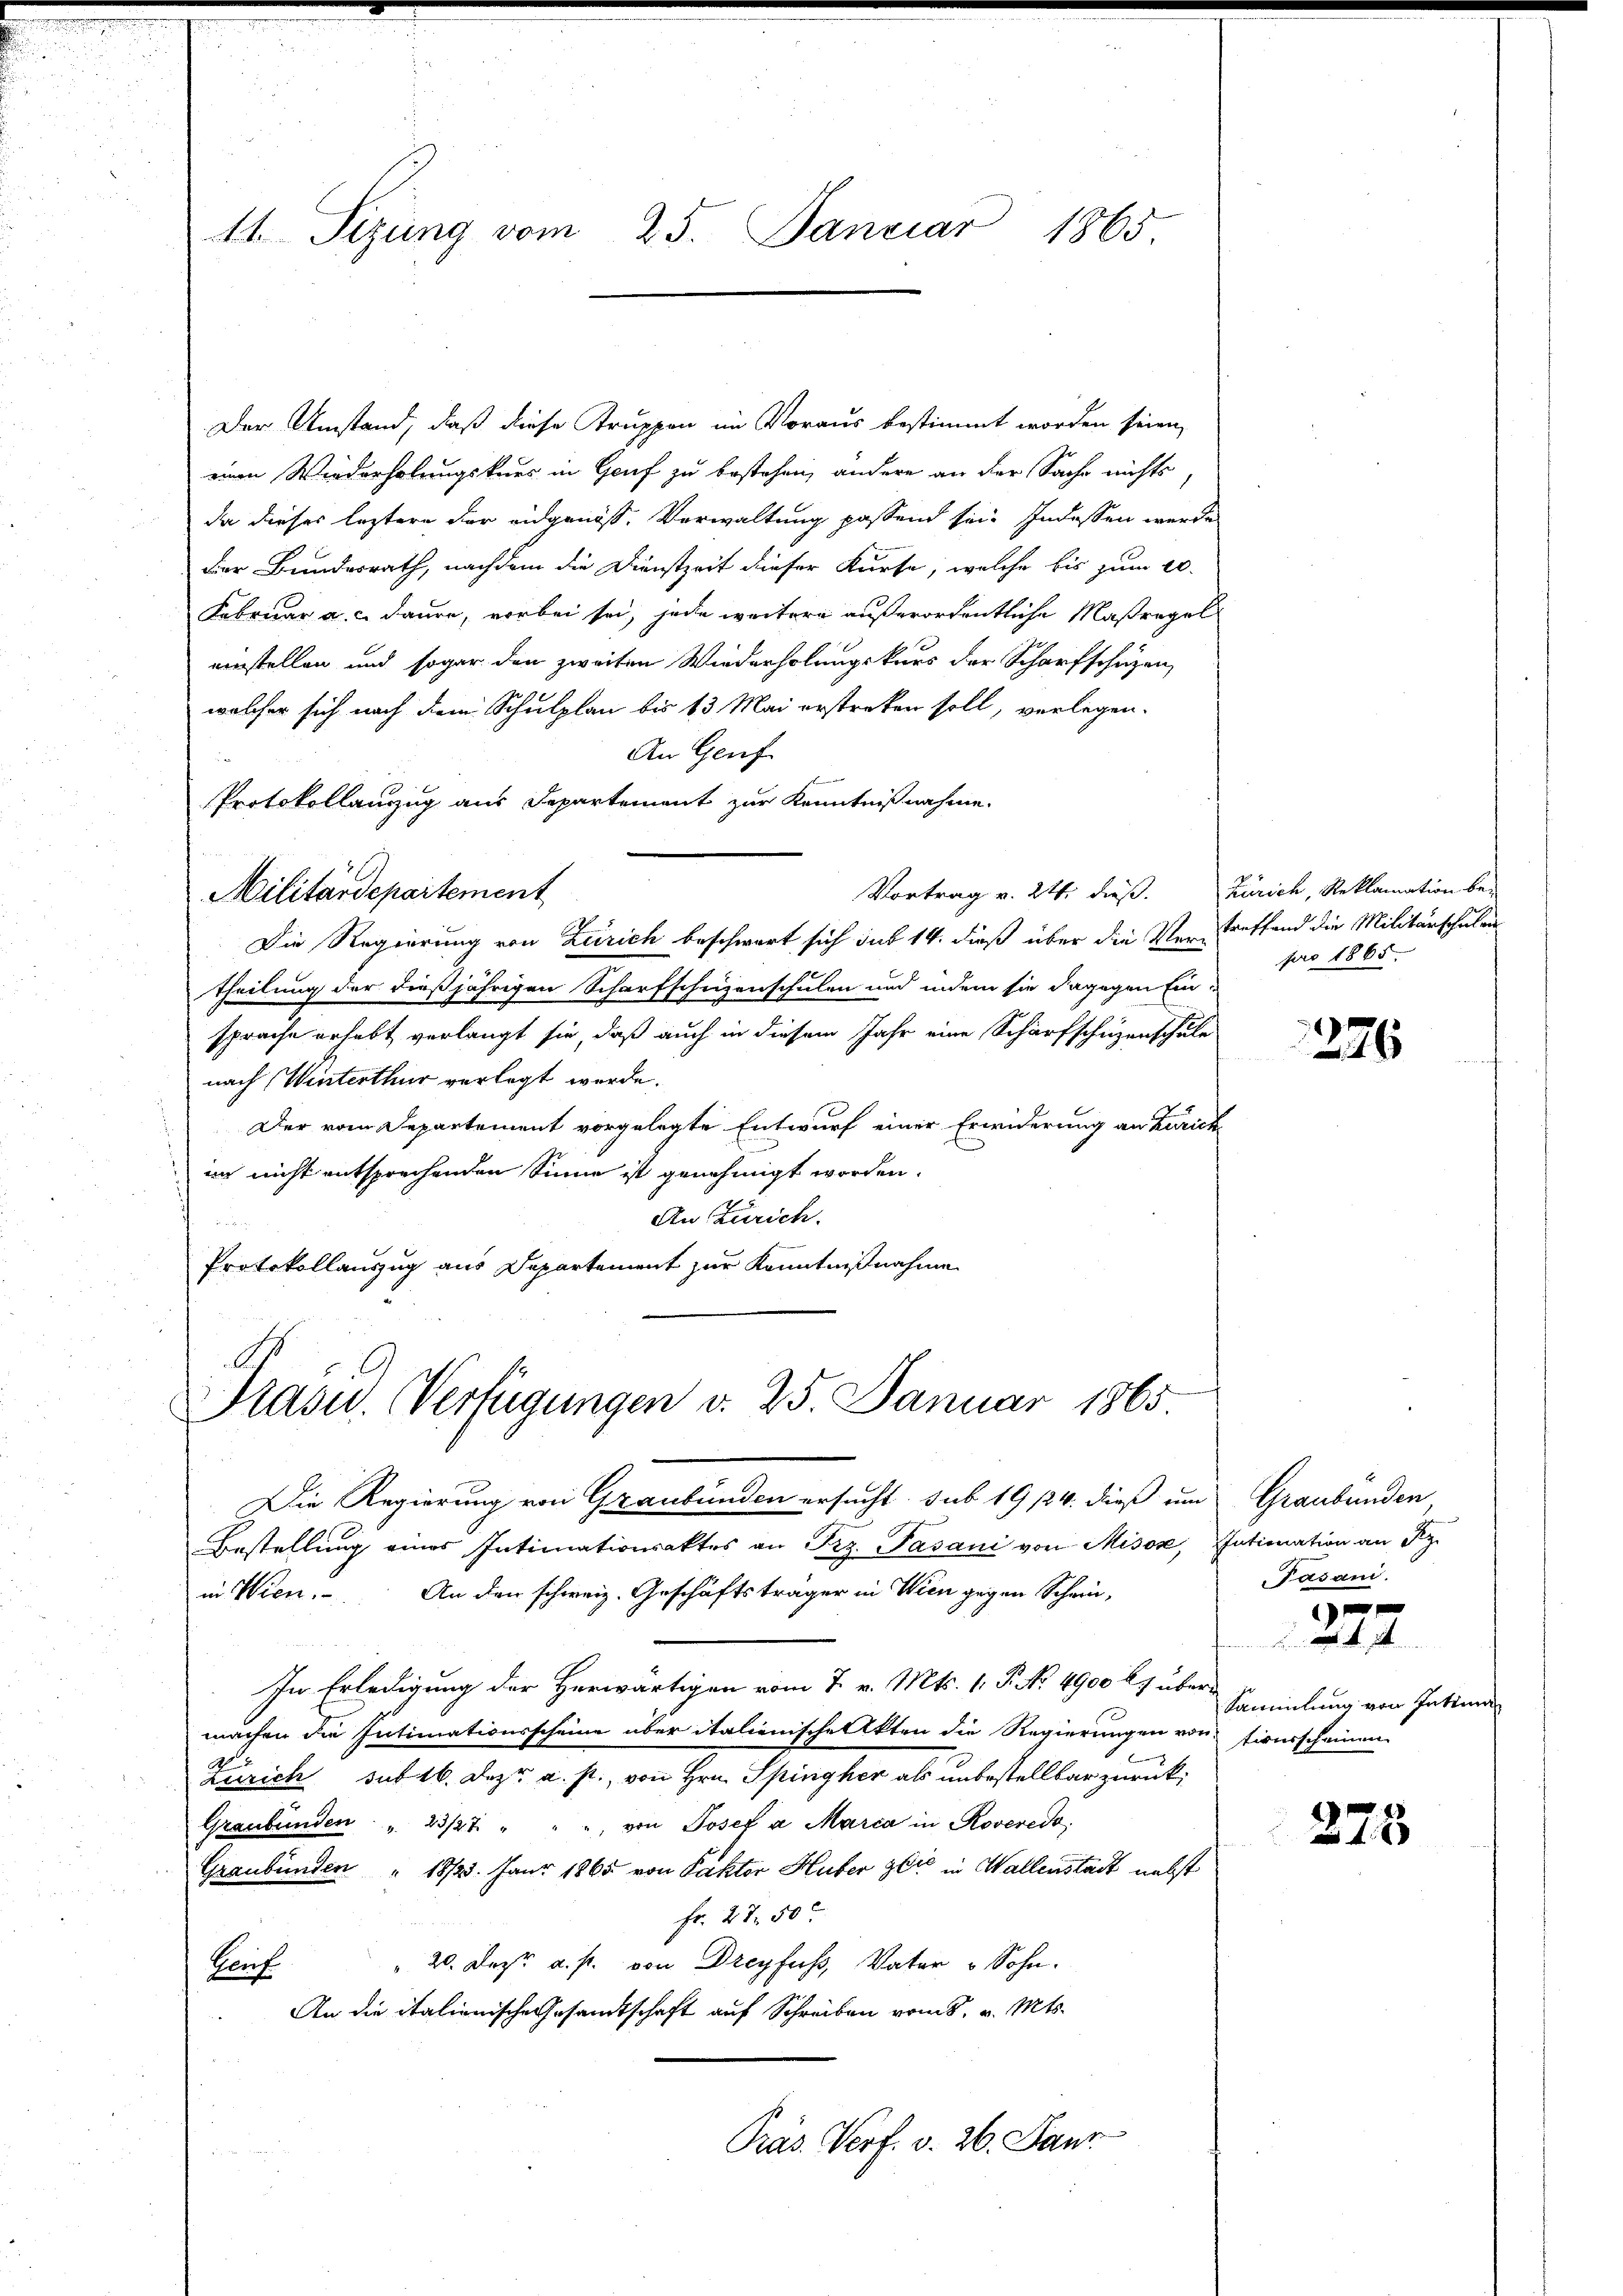
Der Umstand, daß diese Truppen im Voraus bestimmt worden seien,
einen Wiederholungskurs in Genf zu bestehen, andere an der Sache nichts,
da dieser leztere der eidgenöß, Verwaltung passend sei. Indessen werde
Der Bundesrath, nachdem die Dienstzeit dieser Kürse, welche bis zum 20.
Februar a. c. daure, vorbei sei, jede weitere außerordentliche Maßregel
einstellen und sogar den zweiten Wiederholungskurs der Scharfschüzen,
welcher sich nach dem Schulplan bis 13 Mai erstreken soll, verlegen.
An Genf
Protokollanzug aus Departement zur Kenntnißnahme.
Vortrag v. 24. dieß. Zürich, Reklamation be-
Militärdepartement
Die Regierung von Zürich beschwart sich sub 14. dieß über die Vertreffend die Militärschulen
theilung der dießjährigen Scharfschüzenschulen und indem sie dagegen Ein-
sprache erhebt verlangt sie, daß auch in diesem Jahr eine Scharfschüzenschule
nach Winterthur verlegt werde.
Der vom Departement vorgelegte Entwurf einer Erwiderung an Zürich
im nicht entsprechenden Sinne ist genehmigt worden.
An Zürich.
Protokollauszug aus Departement zur Kenntnißnahme

11 Sizung vom 25. Januar 1865

Präsid.. Verfügungen d. 25. Januar 1865

Die Regierung von Graubünden ersucht sub 19/24. dieß um Graubünden
Bestellung eines Intimationsaktes an Frz. Pasani von Misose, Intimation an Ky
in Wien. An den schweiz. Geschäftsträger in Wien gegen Schein-
In Erledigung der Herwärtigen vom 7. v. Mts. 1. P. No. 4900 l. übermachen die Intimationsscheine über italienische Akten die Regierungen von Fieurscheinen
Zürich sub 16. Dez. a. p., von Hrn. Spingher als unbestellbar zurück;
Graubünden " 23/27. " " " von Josef a Marca in Roveredo,
Graubünden " 18/23. Janr 1865 von Paktor Huber zers in Wallenstadt nebst
Fr. 27. 50
 20. Dez. a. p. von Dreyfuss, Vater & Sohn.
Baut
An die italienische Gesandtschaft auf Schreiben vom 8. v. Mts.
Präs. Verf. v. 26. Janr

pro 1865.

276

Pasani.

¬

Sammlung von Intiun

275